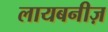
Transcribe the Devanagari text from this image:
लायबनीज़